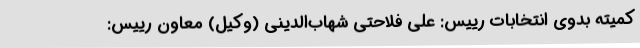
کمیته بدوی انتخابات رییس: علی فلاحتی شهاب‌الدینی (وکیل) معاون رییس: